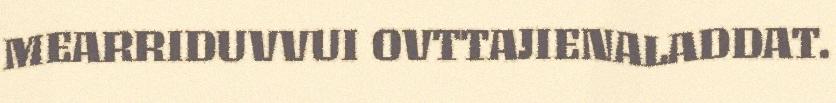
MEARRIDUVVUI OVTTAJIENALADDAT.